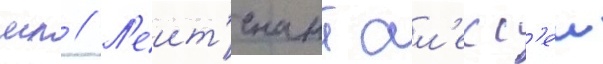
мл // Л'еит'енант ал'екс'еи